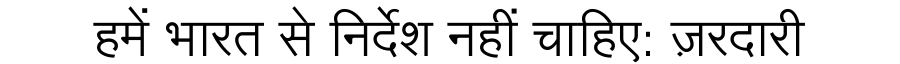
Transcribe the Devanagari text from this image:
हमें भारत से निर्देश नहीं चाहिए: ज़रदारी